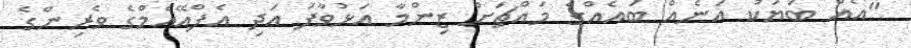
"އެއް ބަޔަކު އަނެއް ބައެއްގެ މައްޗަށް ޒިންމާ އަޅުވާފަ އަދި އެފްއޭއެމްގެ ވެރިންގެ